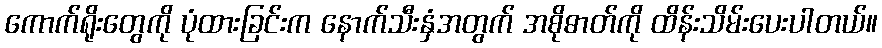
ကောက်ရိုးတွေကို ပုံထားခြင်းက နောက်သီးနှံအတွက် အစိုဓာတ်ကို ထိန်းသိမ်းပေးပါတယ်။